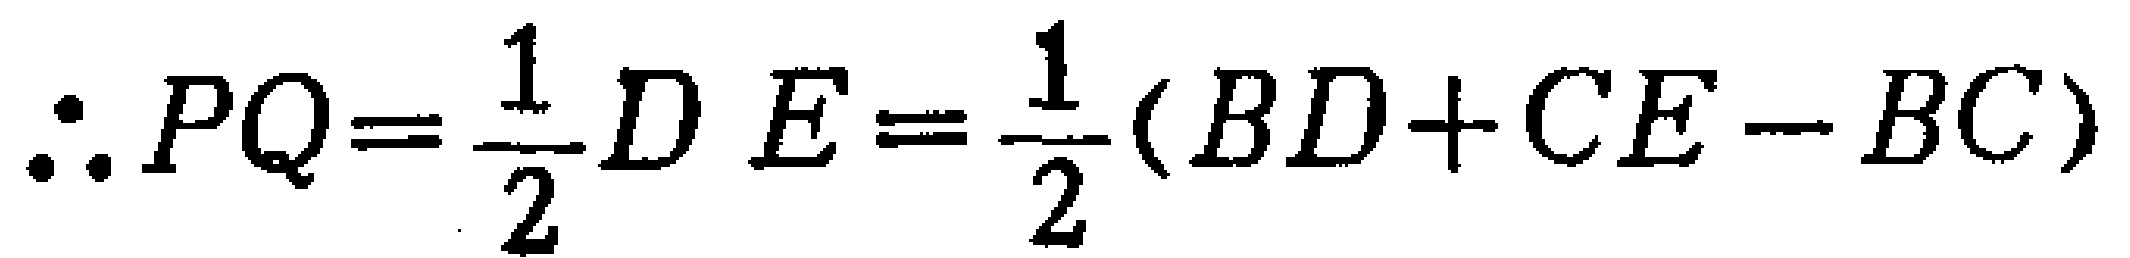
\(\therefore PQ=\frac{1}{2}DE=\frac{1}{2}(BD + CE - BC)\)